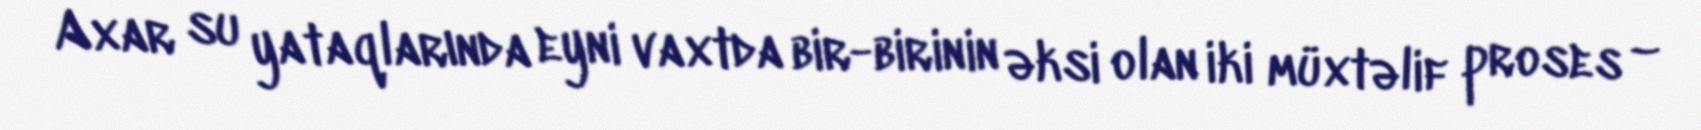
Axar su yataqlarında eyni vaxtda bir-birinin əksi olan iki müxtəlif proses –